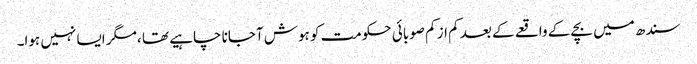
سندھ میں بچے کے واقعے کے بعد کم از کم صوبائی حکومت کو ہوش آجانا چاہیے تھا ،مگر ایسا نہیں ہوا۔